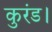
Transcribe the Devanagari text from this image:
कुरंड।